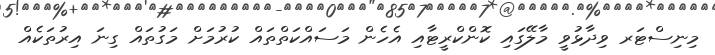
މިނިސްޓަރ ވިދާޅުވީ މާލޭގައި ކޮންކްރީޓާއި އެހެން މަސައްކަތްތައް ކުރުމަށް މަގުތައް ގިނަ އިރުތަކެއް